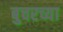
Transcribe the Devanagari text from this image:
बुचरच्या